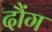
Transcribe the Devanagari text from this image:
दौंग